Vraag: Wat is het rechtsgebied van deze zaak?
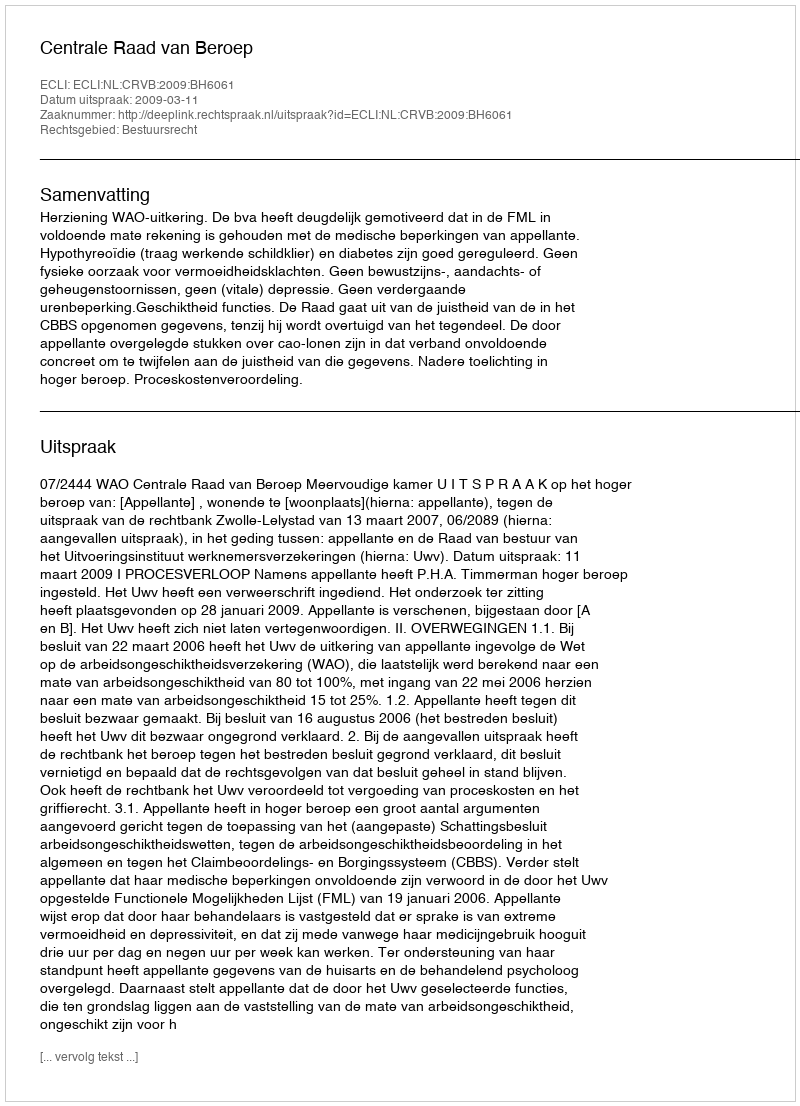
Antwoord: Bestuursrecht